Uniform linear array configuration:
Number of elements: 12
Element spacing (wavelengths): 0.75
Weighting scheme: binomial
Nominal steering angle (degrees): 45
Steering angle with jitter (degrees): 43.862
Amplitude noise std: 0.05
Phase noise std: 0.05

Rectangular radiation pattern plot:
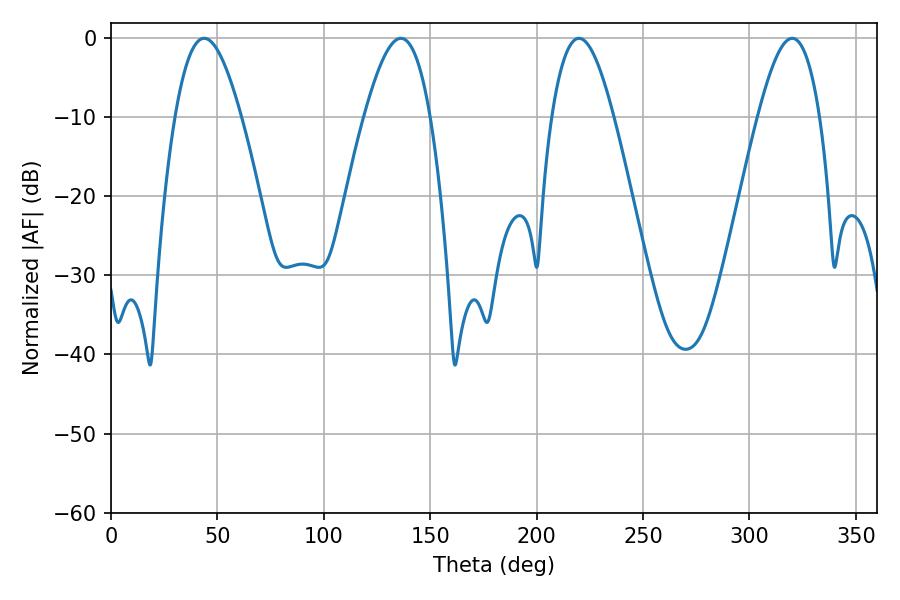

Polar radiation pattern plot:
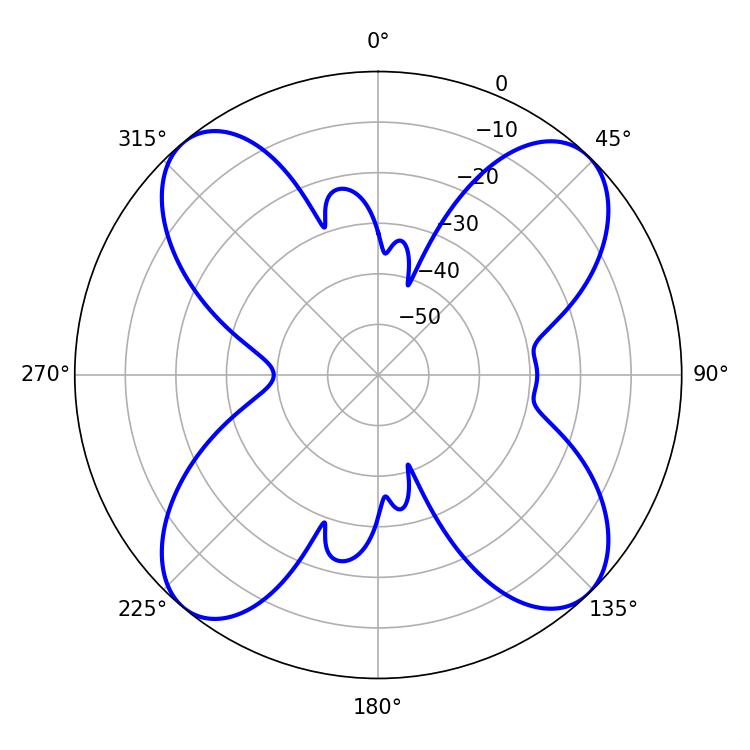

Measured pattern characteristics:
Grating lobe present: TRUE
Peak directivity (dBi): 15.433
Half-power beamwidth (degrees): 16.74
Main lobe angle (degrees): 43.74